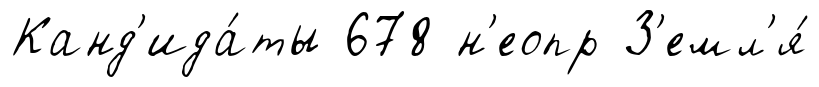
Канд'ида́ты 678 н'еопр З'емл'я́